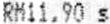
RM11.90 S